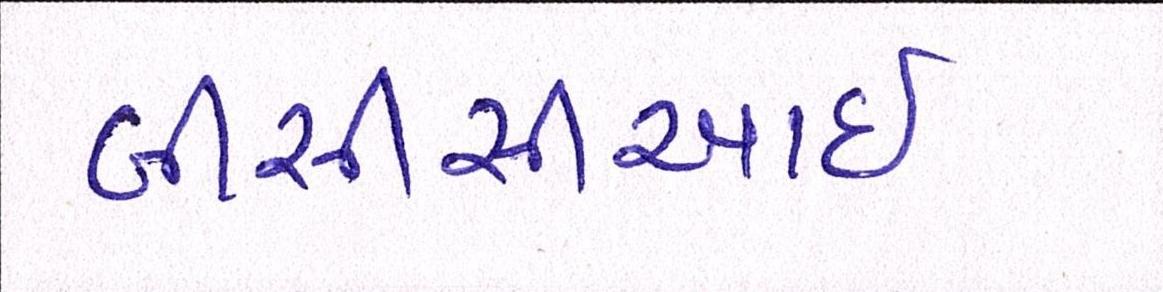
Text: બીસીસીઆઇ